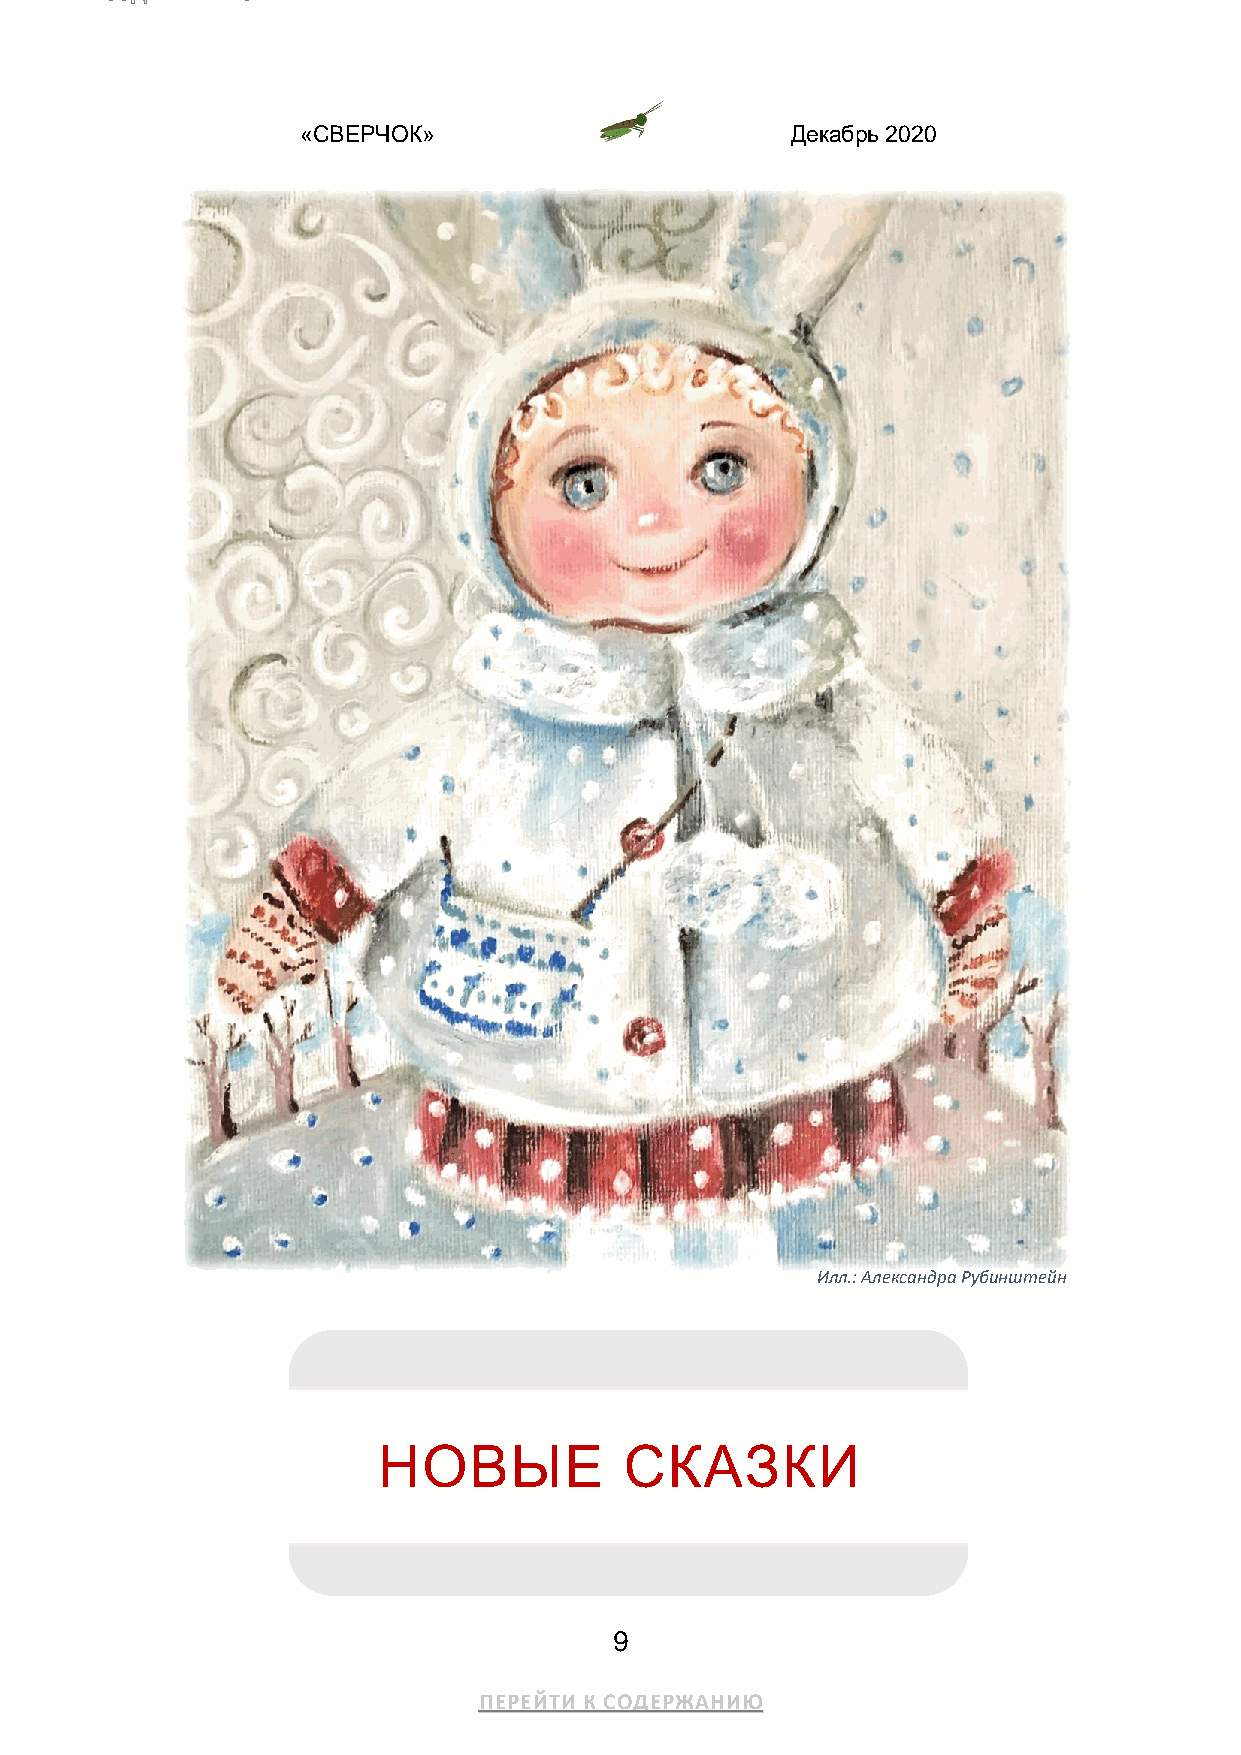
«СВЕРЧОК»                       Декабрь 2020
 Илл.: Александра Рубинштейн
 НОВЫЕ           СКАЗКИ
 9
 ПЕРЕЙТИ К СОДЕРЖАНИЮ